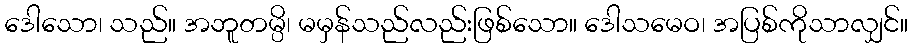
ဒေါသော၊ သည်။ အဘူတမ္ပိ၊ မမှန်သည်လည်းဖြစ်သော။ ဒေါသမေဝ၊ အပြစ်ကိုသာလျှင်။